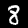
Label: 8